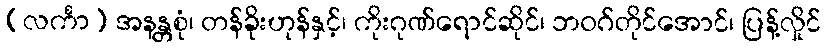
(လင်္ကာ) အနန္တစုံ၊ တန်ခိုးဟုန်နှင့်၊ ကိုးဂုဏ်ရောင်ဆိုင်၊ ဘဝဂ်တိုင်အောင်၊ ပြန့်လှိုင်